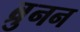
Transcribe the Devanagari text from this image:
ब्रुनन